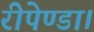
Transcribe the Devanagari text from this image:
रीपेण्डा।